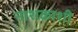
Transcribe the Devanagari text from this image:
नाशकाशी